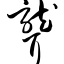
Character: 聋